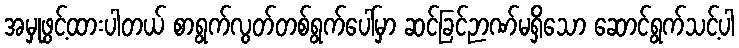
အမှုဖွင့်ထားပါတယ် စာရွက်လွတ်တစ်ရွက်ပေါ်မှာ ဆင်ခြင်ဉာဏ်မရှိသော ဆောင်ရွက်သင့်ပါ